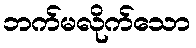
ဘက်မလိုက်သော